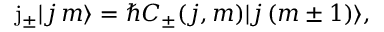
\mathrm { j } _ { \pm } | j \, m \rangle = \hbar C _ { \pm } ( j , m ) | j \, ( m \pm 1 ) \rangle ,